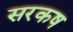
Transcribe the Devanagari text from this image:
सरकष